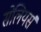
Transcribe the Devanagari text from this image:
सेलियर्स